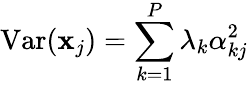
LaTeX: \operatorname{Var}(\mathbf{x}_{j})=\sum_{k=1}^{P}\lambda_{k}\alpha_{kj}^{2}